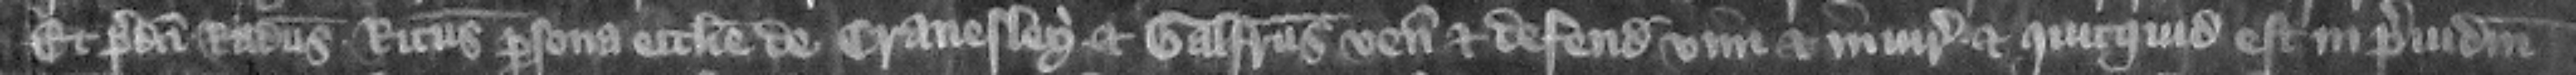
Et predicti Radulfus Ricardus persona ecclesie de Cranesley et Galfridus veniunt et defendunt vim et iniuriam et quiequid est in preiudicium